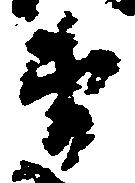
衛